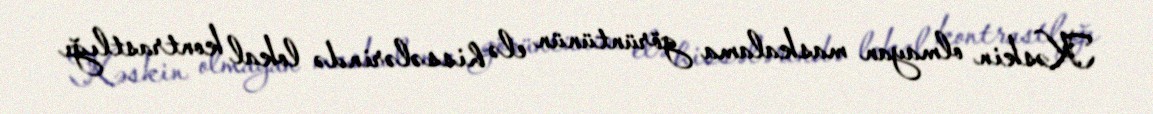
Kəskin olmayan maskalama görüntünün elə hissələrində lokal kontrastlığı